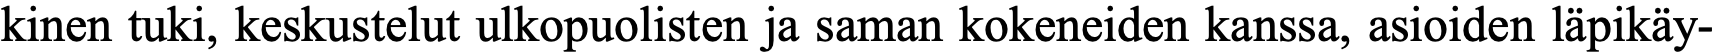
kinen tuki, keskustelut ulkopuolisten ja saman kokeneiden kanssa, asioiden läpikäy-